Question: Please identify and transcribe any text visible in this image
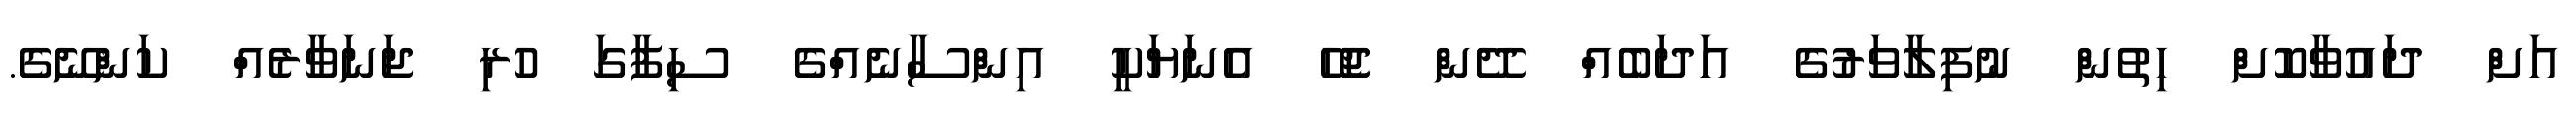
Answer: އަށް ދައުވާކޮށް ހިތުން ނުފިލާވަރުގެ އަދަބެއް ދޭން ޖެހޭ އެނަޔަކީ އިންސާނެއްގެ ސިފާގަ ހުރި ޖަނަވާރެއް ކަންނޭގެ.